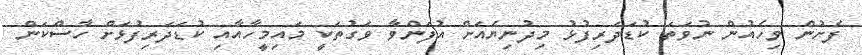
ފެށުން ވިހެއުން ނުވަތަ ކުޑަދަރިފުޅު މިދުނިޔެއަށް އުފަންވާ ވަގުތަކީ މައިމީހާއާއި ކުޑަދަރިފުޅަށް ހާސްކަން